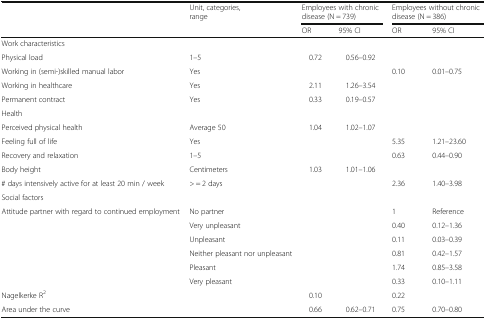
<table><thead><tr><td rowspan="2"></td><td rowspan="2"><b>Unit, categories, range</b></td><td colspan="2"><b>Employees with chronic disease (N = 739)</b></td><td colspan="2"><b>Employees without chronic disease (N = 386)</b></td></tr><tr><td><b>OR</b></td><td><b>95% CI</b></td><td><b>OR</b></td><td><b>95% CI</b></td></tr></thead><tbody><tr><td colspan="6">Work characteristics</td></tr><tr><td>Physical load</td><td>1–5</td><td>0.72</td><td>0.56–0.92</td><td></td><td></td></tr><tr><td>Working in (semi-)skilled manual labor</td><td>Yes</td><td></td><td></td><td>0.10</td><td>0.01–0.75</td></tr><tr><td>Working in healthcare</td><td>Yes</td><td>2.11</td><td>1.26–3.54</td><td></td><td></td></tr><tr><td>Permanent contract</td><td>Yes</td><td>0.33</td><td>0.19–0.57</td><td></td><td></td></tr><tr><td colspan="6">Health</td></tr><tr><td>Perceived physical health</td><td>Average 50</td><td>1.04</td><td>1.02–1.07</td><td></td><td></td></tr><tr><td>Feeling full of life</td><td>Yes</td><td></td><td></td><td>5.35</td><td>1.21–23.60</td></tr><tr><td>Recovery and relaxation</td><td>1–5</td><td></td><td></td><td>0.63</td><td>0.44–0.90</td></tr><tr><td>Body height</td><td>Centimeters</td><td>1.03</td><td>1.01–1.06</td><td></td><td></td></tr><tr><td># days intensively active for at least 20 min / week</td><td>&gt; = 2 days</td><td></td><td></td><td>2.36</td><td>1.40–3.98</td></tr><tr><td colspan="6">Social factors</td></tr><tr><td rowspan="6">Attitude partner with regard to continued employment</td><td>No partner</td><td></td><td></td><td>1</td><td>Reference</td></tr><tr><td>Very unpleasant</td><td></td><td></td><td>0.40</td><td>0.12–1.36</td></tr><tr><td>Unpleasant</td><td></td><td></td><td>0.11</td><td>0.03–0.39</td></tr><tr><td>Neither pleasant nor unpleasant</td><td></td><td></td><td>0.81</td><td>0.42–1.57</td></tr><tr><td>Pleasant</td><td></td><td></td><td>1.74</td><td>0.85–3.58</td></tr><tr><td>Very pleasant</td><td></td><td></td><td>0.33</td><td>0.10–1.11</td></tr><tr><td>Nagelkerke R<sup>2</sup></td><td></td><td>0.10</td><td></td><td>0.22</td><td></td></tr><tr><td>Area under the curve</td><td></td><td>0.66</td><td>0.62–0.71</td><td>0.75</td><td>0.70–0.80</td></tr></tbody></table>